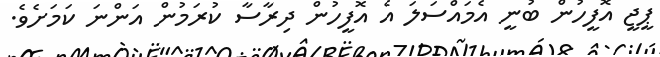
ޕީޖީ އޮފީހުން ބުނީ އެމައްސަލަ އެ އޮފީހުން ދިރާސާ ކުރަމުން އަންނަ ކަމަށެވެ.